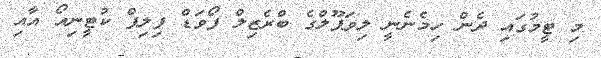
މި ޓީމުގައި ދެން ހިމެނެނީ ލިވަޕޫލްގެ ބްރެޒިލް ފޯވަޑް ފިލިޕް ކުޓީނިއޯ އާއި